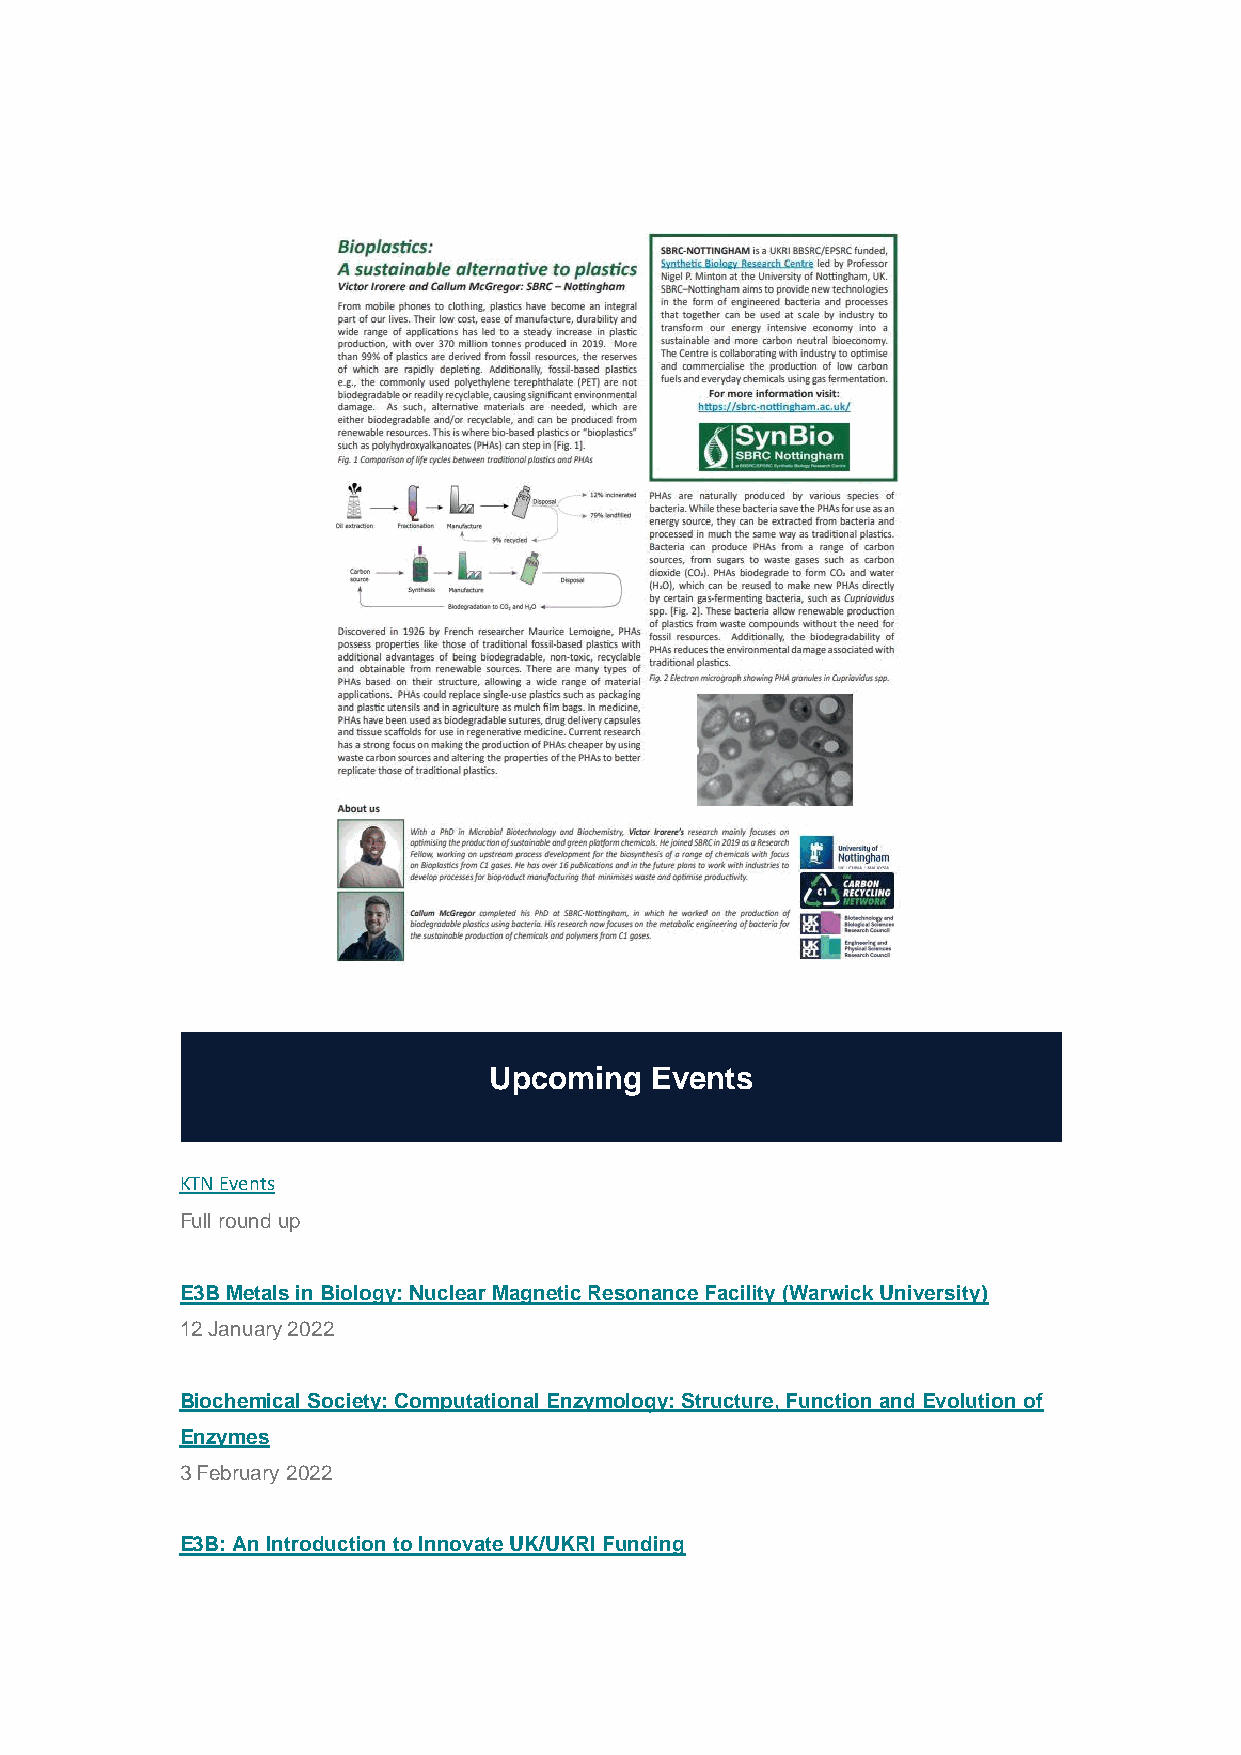
Upcoming   Events
 KTN Events
 Full round up
 E3B Metals in Biology: Nuclear Magnetic Resonance Facility (Warwick University)
 12 January 2022
 Biochemical Society: Computational Enzymology: Structure, Function and Evolution of
 Enzymes
 3 February 2022
 E3B: An Introduction to Innovate UK/UKRI Funding